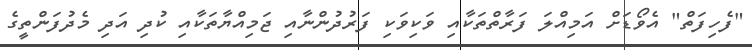
"ފެހިފަތް" އެވޯޑަށް އަމިއްލަ ފަރާތްތަކާއި ވަކިވަކި ފަރުދުންނާއި ޖަމިއްޔާތަކާއި ކުދި އަދި މެދުފަންތީގެ